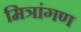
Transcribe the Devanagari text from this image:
मित्रांगण